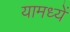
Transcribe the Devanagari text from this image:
यामध्यें